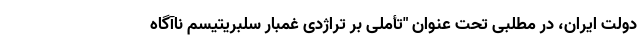
دولت ایران، در مطلبی تحت عنوان "تأملی بر تراژدی غمبار سلبریتیسم ناآگاه